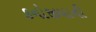
કનોજીયાની